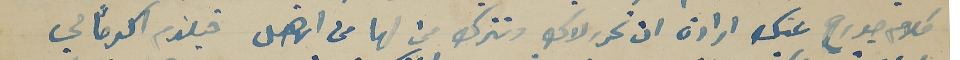
كلام جورح عنك ارادة ان تحرر لاك وتترك من لها من الاهل فيلزم اكرماً لي